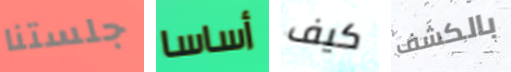
جلستنا أساسا كيف بالكشف